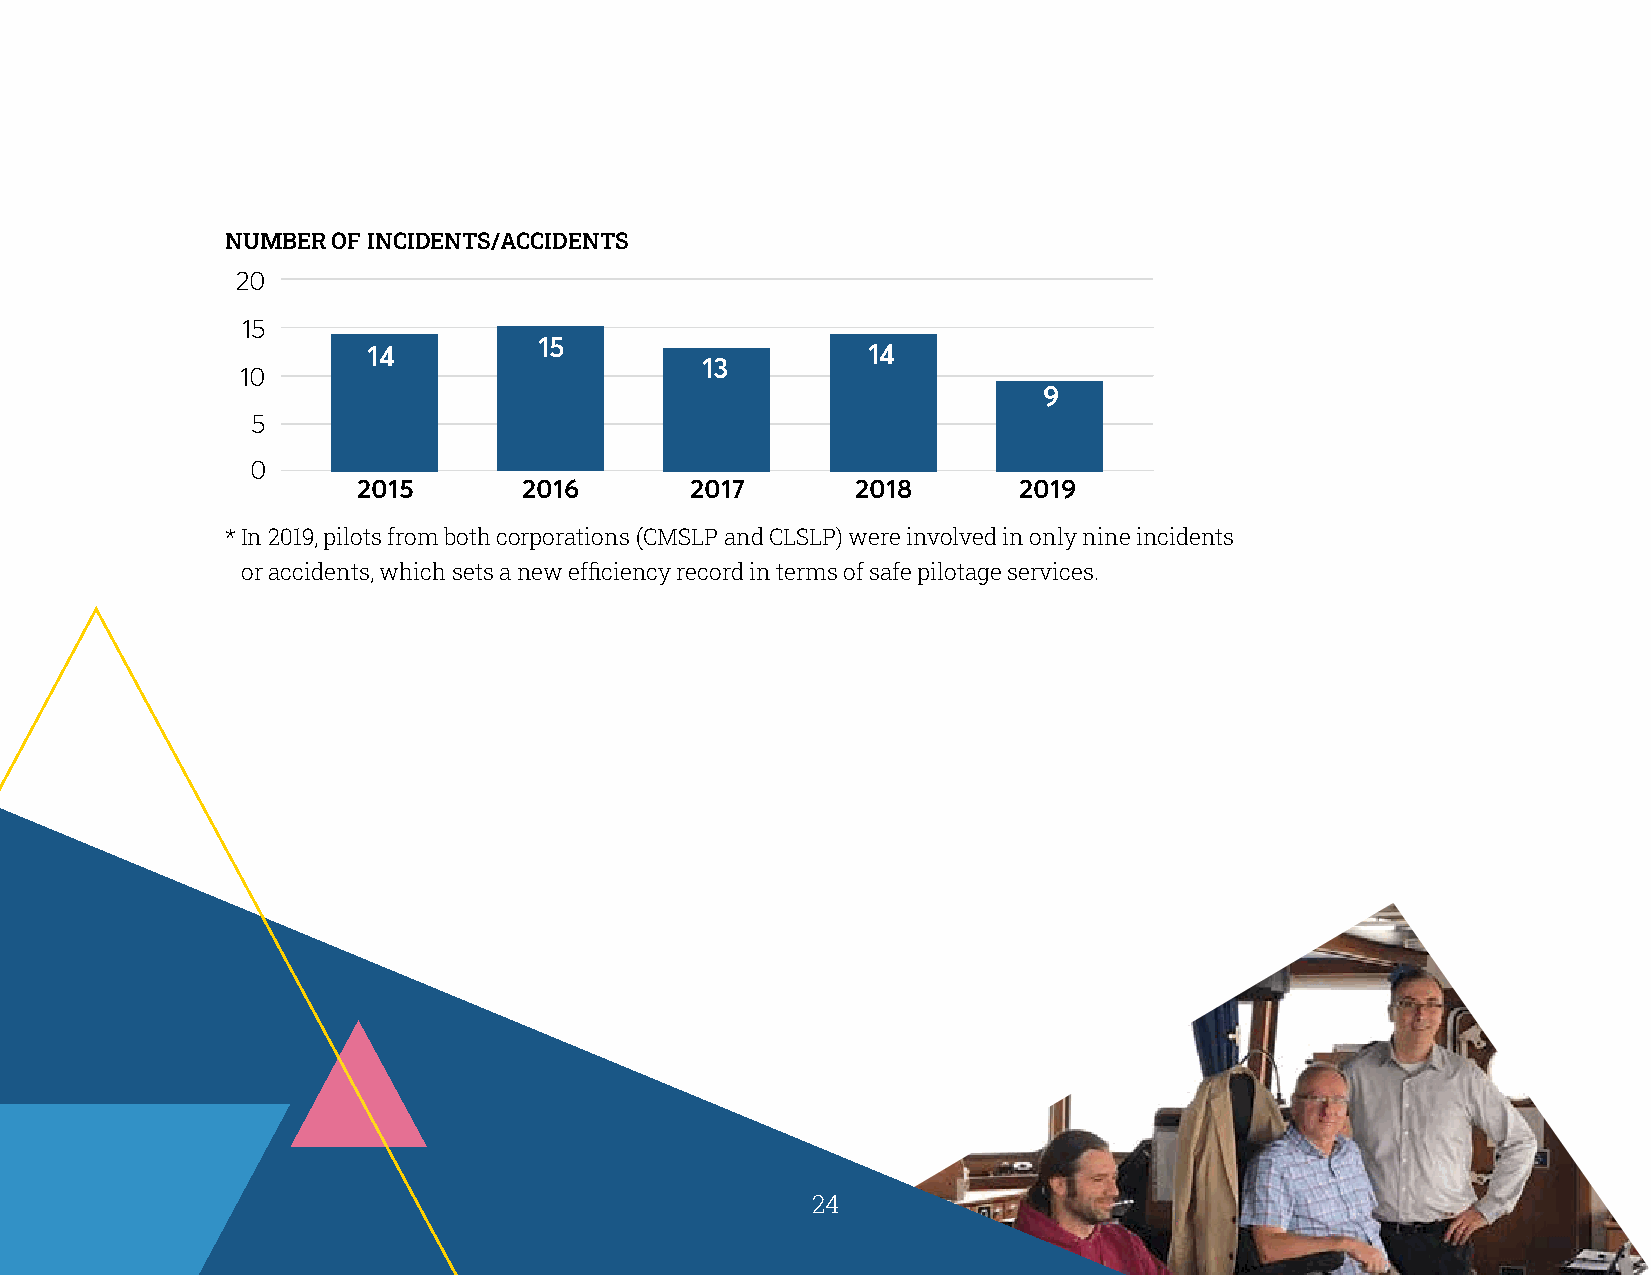
NUMBER OF INCIDENTS/ACCIDENTS
 20
 15
 15
 14                               14
 13
 10
 9
 5
 0
 2015       2016       2017       2018      2019
 * I n 2019, pilots from both corporations (CMSLP and CLSLP) were involved in only nine incidents
 or accidents, which sets a new efficiency record in terms of safe pilotage services.
 24